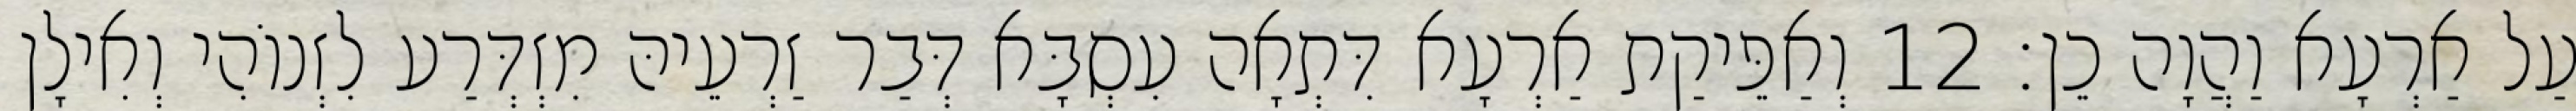
עַל אַרְעָא וַהֲוָה כֵן׃ 12 וְאַפֵּיקַת אַרְעָא דִּתְאָה עִסְבָּא דְּבַר זַרְעֵיהּ מִזְדְּרַע לִזְנוֹהִי וְאִילָן